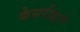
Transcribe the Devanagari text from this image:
केसरीद्वारे